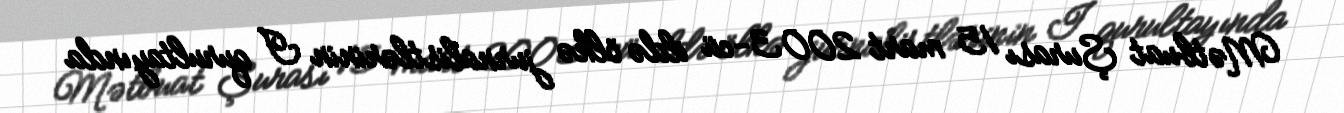
Mətbuat Şurası 15 mart 2003-cü ildə ölkə jurnalistlərinin I qurultayında